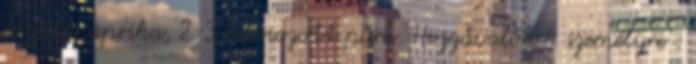
és zöldpaprika, 2-3 hámozott para. Hozzávalók 4 személyre :